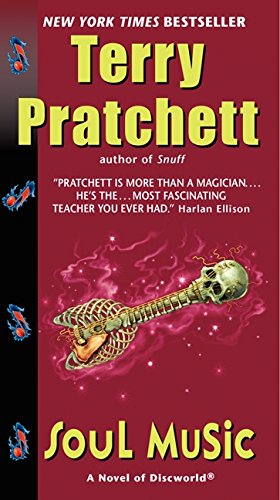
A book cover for Soul Music: A Novel of Discworld; Terry Pratchett; Science Fiction & Fantasy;